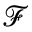
\mathcal { F }